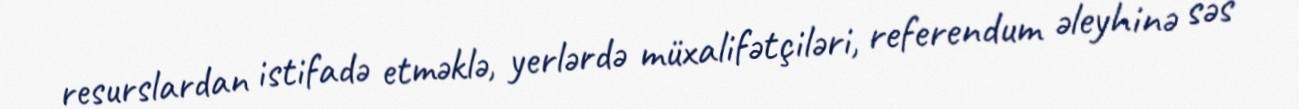
resurslardan istifadə etməklə, yerlərdə müxalifətçiləri, referendum əleyhinə səs